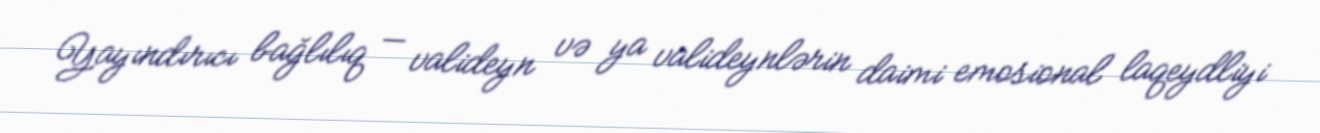
Yayındırıcı bağlılıq — valideyn və ya valideynlərin daimi emosional laqeydliyi